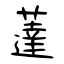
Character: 薘